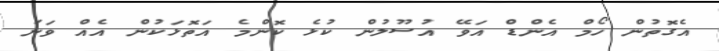
އެގޮތުން ހޯމް އެންޑް އަވޭ އުސޫލުން ކުޅެ ކޮންމެ އަތޮޅަކުން އެއް ވަނަ